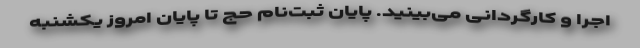
اجرا و کارگردانی می‌بینید. پایان ثبت‌نام حج تا پایان امروز یکشنبه